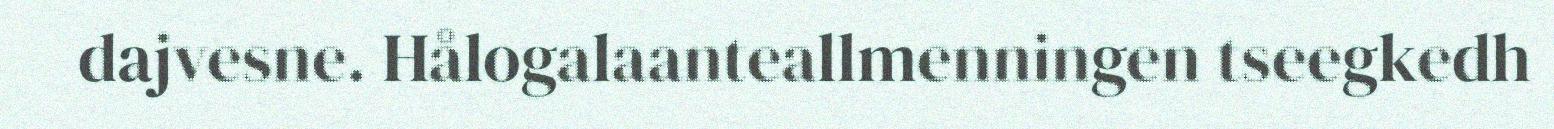
dajvesne. Hålogalaanteallmenningen tseegkedh